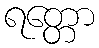
ရတ္တော